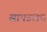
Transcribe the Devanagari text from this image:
सापडलेच